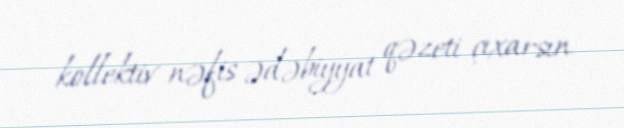
kollektiv nəfis ədəbiyyat qəzeti çıxarsın.